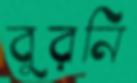
বুরনি